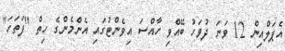
އެޕަލްއިން 12 ވަނަ ދުވަހު ބޭއްވި ހާއްސަ އިވެންޓުގައި އެންމެންގެ ހިތް "ފަތަހަ"